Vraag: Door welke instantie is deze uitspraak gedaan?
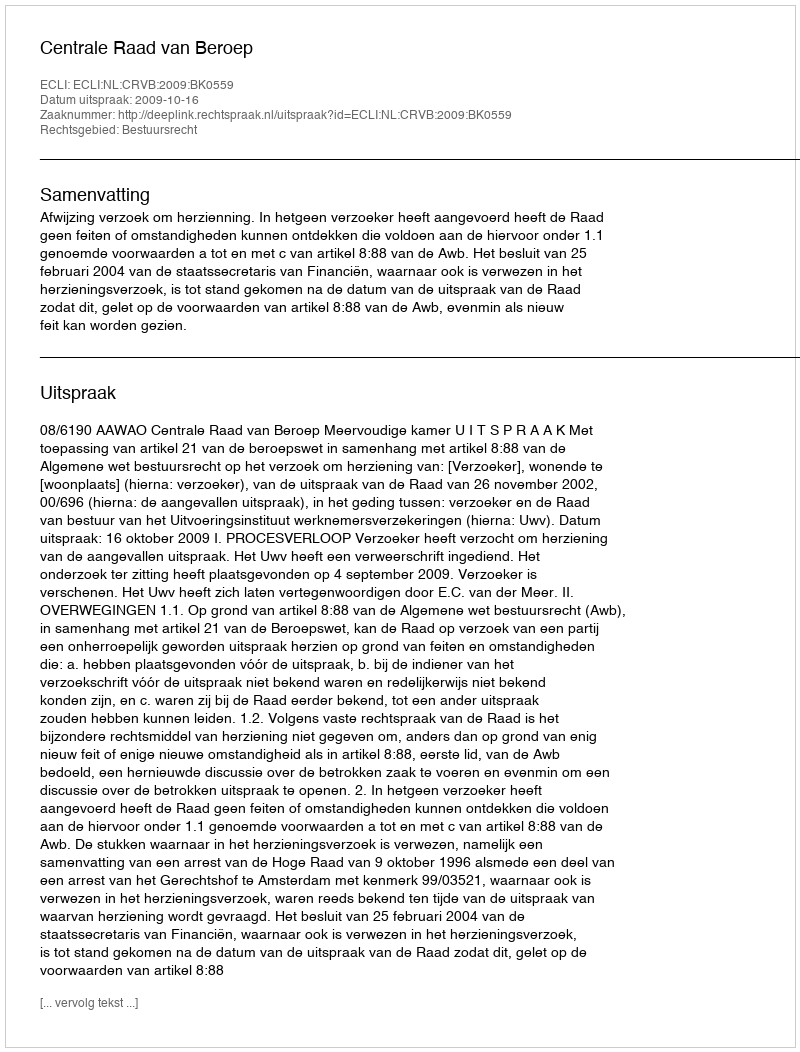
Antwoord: Centrale Raad van Beroep